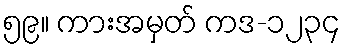
၅၉။ ကားအမှတ် ကဒ-၁၂၃၄